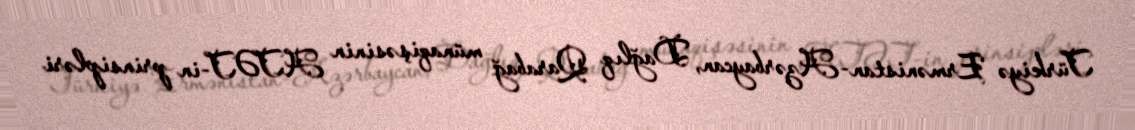
Türkiyə Ermənistan-Azərbaycan, Dağlıq Qarabağ münaqişəsinin ATƏT-in prinsipləri